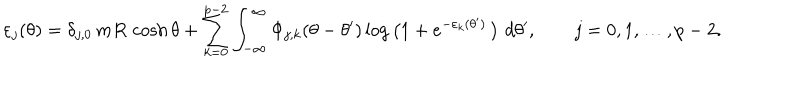
\varepsilon _ { j } ( \theta ) = \delta _ { j , 0 } \, m R \, \cosh \theta + \sum _ { k = 0 } ^ { p - 2 } \int _ { - \infty } ^ { \infty } \Phi _ { j , k } ( \theta - \theta ^ { \prime } ) \log \big ( 1 + e ^ { - \varepsilon _ { k } ( \theta ^ { \prime } ) } \, \big ) \, \, d \theta ^ { \prime } , \qquad j = 0 , 1 , \ldots , p - 2 .